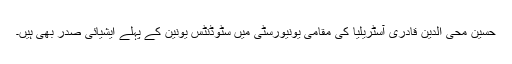
حسین محی الدین قادری آسٹریلیا کی مقامی یونیورسٹی میں سٹوڈنٹس یونین کے پہلے ایشیائی صدر بھی ہیں۔